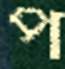
প